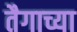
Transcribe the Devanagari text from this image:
तैगाच्या